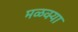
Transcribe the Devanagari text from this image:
मळक्या